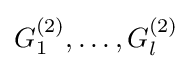
G_{1}^{(2)},\dots ,G_{l}^{(2)}